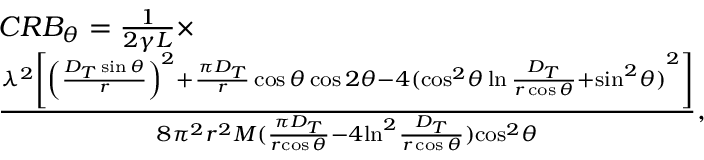
\begin{array} { r l } & { C R { B _ { \theta } } = \frac { 1 } { { 2 \gamma L } } \times } \\ & { \frac { { { \lambda ^ { 2 } } \left[ { { { \left( { \frac { { { D _ { T } } \sin \theta } } { r } } \right) } ^ { 2 } } + \frac { { \pi { D _ { T } } } } { r } \cos \theta \cos 2 \theta - 4 { { ( { { { \cos } ^ { 2 } } \theta \ln \frac { { { D _ { T } } } } { { r \cos \theta } } + { { \sin } ^ { 2 } } \theta } ) } ^ { 2 } } } \right] } } { { 8 { \pi ^ { 2 } } { r ^ { 2 } } M ( { \frac { { { \pi D _ { T } } } } { r { \cos \theta } } - 4 { { \ln } ^ { 2 } } \frac { { { D _ { T } } } } { { r \cos \theta } } } ) { { \cos } ^ { 2 } } \theta } } , } \end{array}